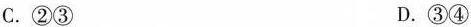
C.②③ D.③④